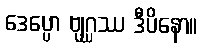
ဒေပ္ပော ဗျဂ္ဃဿ ဒီပိနော။